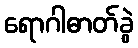
ရောဂါဓာတ်ခွဲ